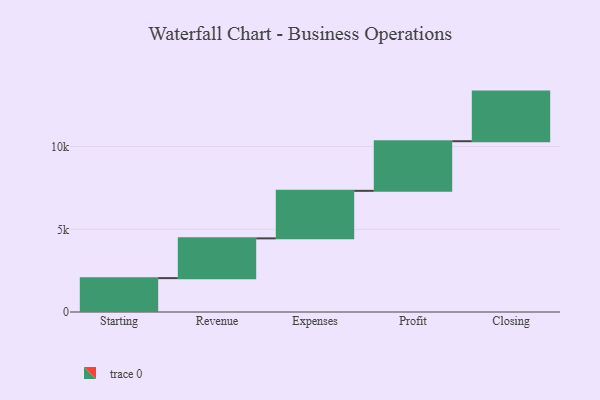
{"axis": {"x": "Step", "y": "Value"}, "legend": [""], "data": [{"x": "Starting", "y": 2048.0, "type": ""}, {"x": "Revenue", "y": 2404.0, "type": ""}, {"x": "Expenses", "y": 2875.0, "type": ""}, {"x": "Profit", "y": 3000, "type": ""}, {"x": "Closing", "y": 3000, "type": ""}]}